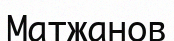
Матжанов